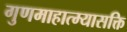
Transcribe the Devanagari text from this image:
गुणमाहात्म्यासक्ति